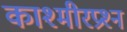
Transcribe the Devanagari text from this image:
काश्‍मीरप्रश्‍न